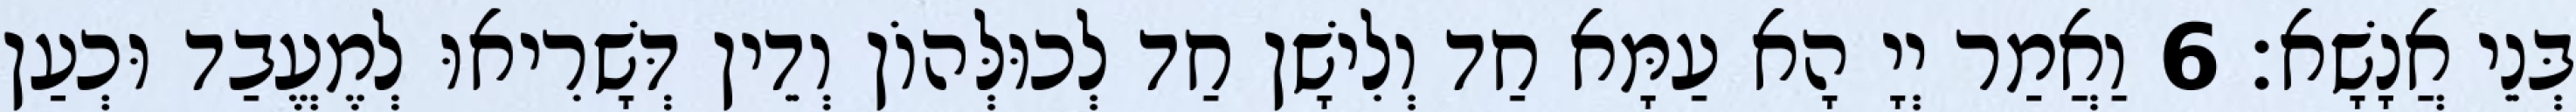
בְּנֵי אֲנָשָׁא׃ 6 וַאֲמַר יְיָ הָא עַמָּא חַד וְלִישָׁן חַד לְכוּלְּהוֹן וְדֵין דְּשָׁרִיאוּ לְמֶעֱבַד וּכְעַן